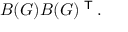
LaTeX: B ( G ) B ( G ) ^ { \textsf { T } } .